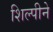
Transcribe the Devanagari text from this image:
शिल्पीने